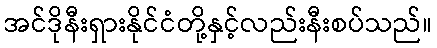
အင်ဒိုနီးရှားနိုင်ငံတို့နှင့်လည်းနီးစပ်သည်။